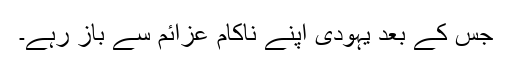
جس کے بعد یہودی اپنے ناکام عزائم سے باز رہے۔